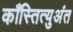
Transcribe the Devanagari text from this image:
काँस्तित्युअंत